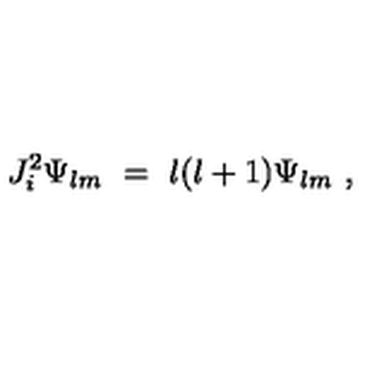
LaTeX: J _ { i } ^ { 2 } \Psi _ { l m } \ = \ l ( l + 1 ) \Psi _ { l m } \ ,